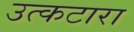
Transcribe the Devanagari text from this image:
उत्कटारा